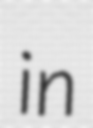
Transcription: in